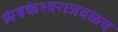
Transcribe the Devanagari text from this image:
त्र्यंबकेश्वराजवळच